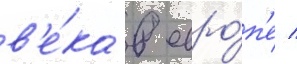
в'е́ка в евро́п'е /